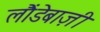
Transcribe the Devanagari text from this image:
लौंडेबाज़ी